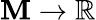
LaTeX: \mathbf{M}\to\mathbb{{R}}